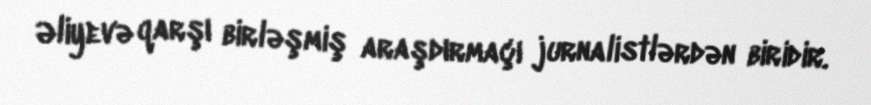
Əliyevə qarşı birləşmiş araşdırmaçı jurnalistlərdən biridir.